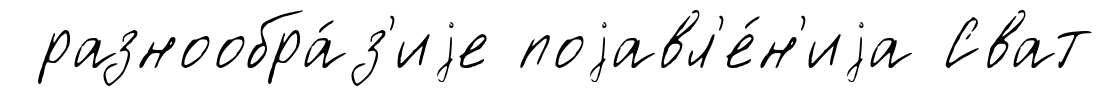
разнообра́з'иjе поjавл'е́н'иjа Сват